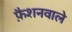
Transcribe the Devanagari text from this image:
फै़शनवाले